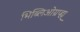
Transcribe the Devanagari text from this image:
भिब्लिओग्रप्ह्य्